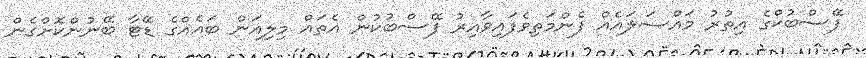
ފޭސްބުކްގެ އިތުރު މައްސަލައެއް ފެންމަތިވެފައިވާއިރު ފޭސްބުކުން އެތައް މިލިއަން ބައެއްގެ ޑޭޓާ ބޭނުންކޮށްގެން